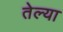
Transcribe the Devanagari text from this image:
तेल्या